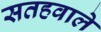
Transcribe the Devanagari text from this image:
सतहवाले